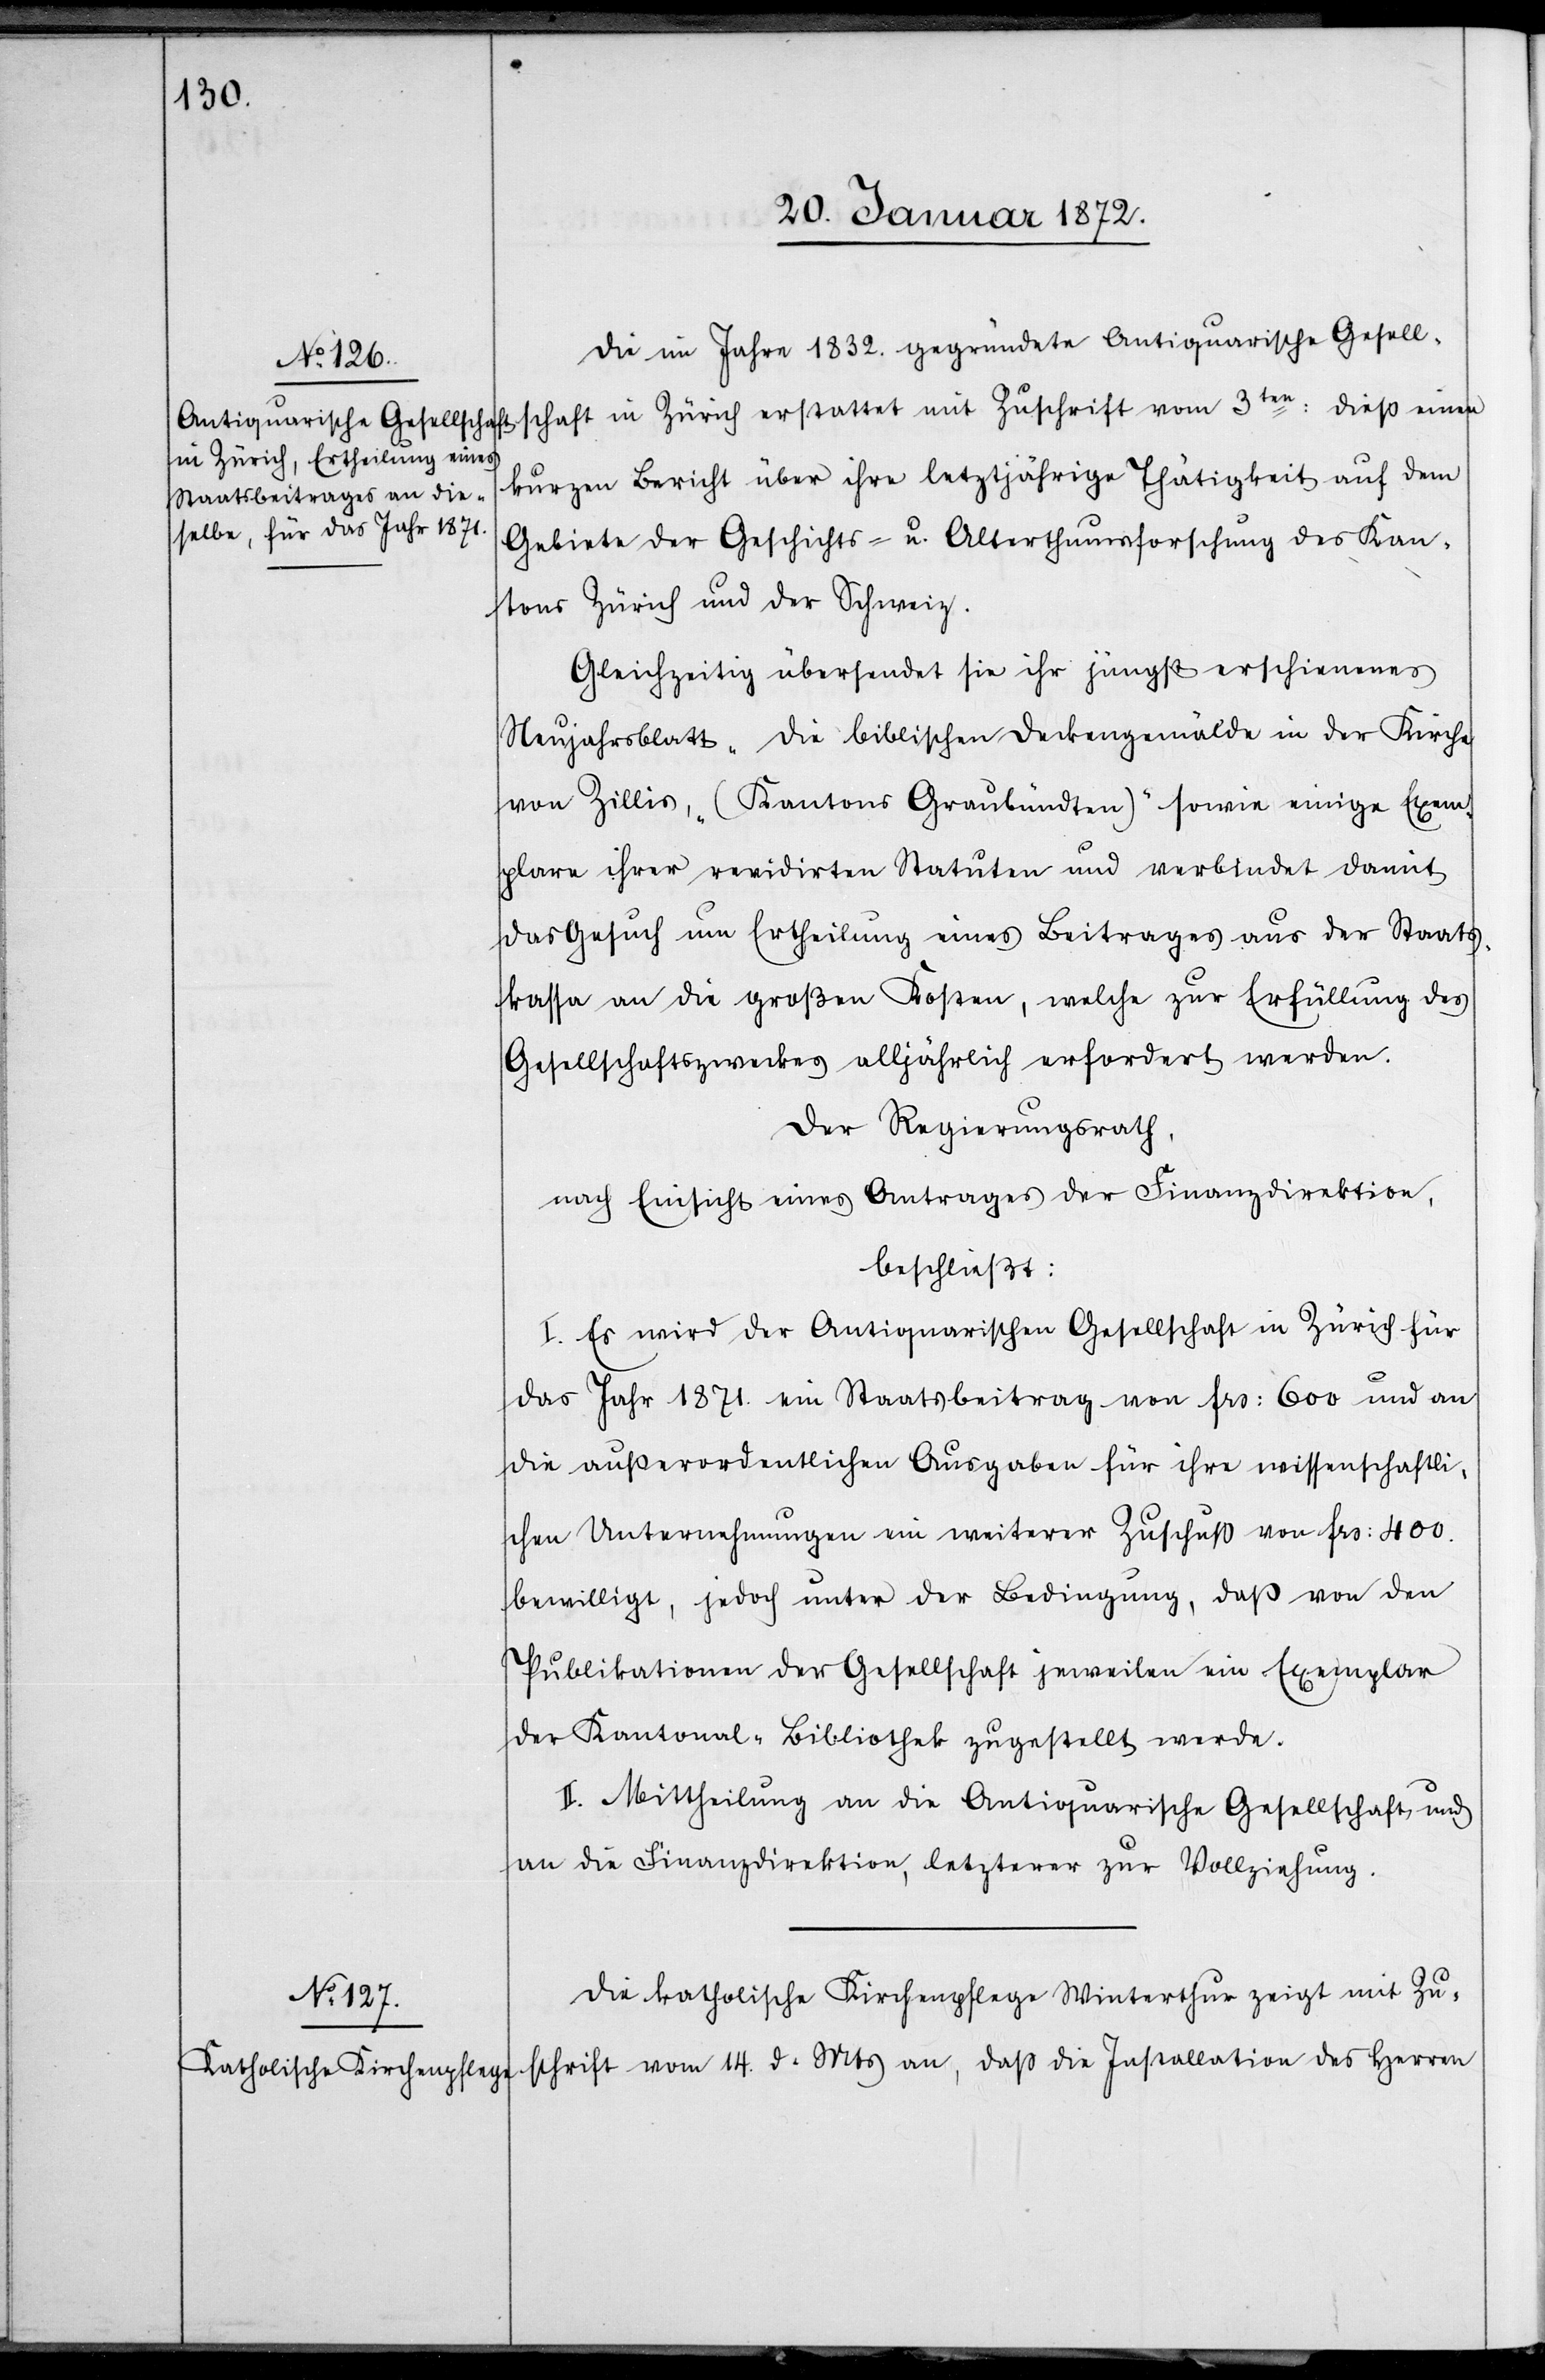
Die im Jahre 1832. gegründete Antiquarische Gesell¬
schaft in Zürich erstattet mit Zuschrift vom 3ten: dieß einen
kurzen Bericht über ihre letztjährige Thätigkeit auf dem
Gebiete der Geschichts- u. Alterthumsforschung des Kan¬
tons Zürich und der Schweiz.
Gleichzeitig übersendet sie ihr jüngst erschienenes
Neujahrsblatt „Die biblischen Deckengemälde in der Kirche
von Zillis, (Kantons Graubündten)“ sowie einige Exem¬
plare ihrer revidirten Statuten und verbindet damit
das Gesuch um Ertheilung eines Beitrages aus der Staats¬
kassa an die großen Kosten, welche zur Erfüllung des
Gesellschaftszweckes alljährlich erfordert werden.
Der Regierungsrath,
nach Einsicht eines Antrages der Finanzdirektion,
beschließt:
I. Es wird der Antiquarischen Gesellschaft in Zürich für
das Jahr 1871. ein Staatsbeitrag von frs: 600 und an
die außerordentlichen Ausgaben für ihre wissenschaftli¬
chen Unternehmungen ein weiterer Zuschuß von frs: 400.
bewilligt, jedoch unter der Bedingung, daß von den
Publikationen der Gesellschaft jeweilen ein Exemplar
der Kantonal-Bibliothek zugestellt werde.
II. Mittheilung an die Antiquarische Gesellschaft und
an die Finanzdirektion, letzterer zur Vollziehung.
Die katholische Kirchenpflege Winterthur zeigt mit Zu¬
schrift vom 14. d. Mts an, daß die Installation des Herren